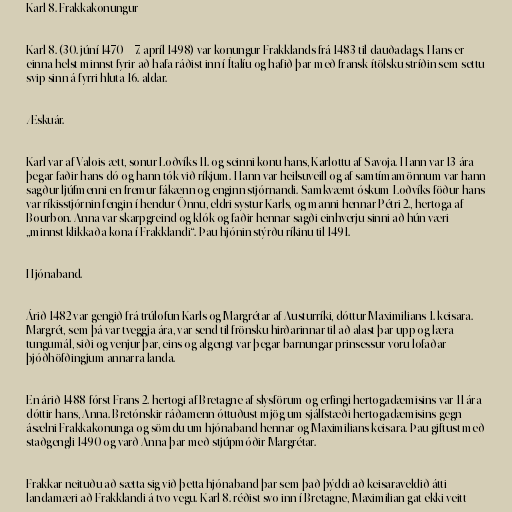
Karl 8. Frakkakonungur

Karl 8. (30. júní 1470 – 7. apríl 1498) var konungur Frakklands frá 1483 til dauðadags. Hans er
einna helst minnst fyrir að hafa ráðist inn í Ítalíu og hafið þar með fransk-ítölsku stríðin sem settu
svip sinn á fyrri hluta 16. aldar.

Æskuár.

Karl var af Valois-ætt, sonur Loðvíks 11. og seinni konu hans, Karlottu af Savoja. Hann var 13 ára
þegar faðir hans dó og hann tók við ríkjum. Hann var heilsuveill og af samtímamönnum var hann
sagður ljúfmenni en fremur fákænn og enginn stjórnandi. Samkvæmt óskum Loðvíks föður hans
var ríkisstjórnin fengin í hendur Önnu, eldri systur Karls, og manni hennar Pétri 2., hertoga af
Bourbon. Anna var skarpgreind og klók og faðir hennar sagði einhverju sinni að hún væri
„minnst klikkaða kona í Frakklandi“. Þau hjónin stýrðu ríkinu til 1491.

Hjónaband.

Árið 1482 var gengið frá trúlofun Karls og Margrétar af Austurríki, dóttur Maximilians 1. keisara.
Margrét, sem þá var tveggja ára, var send til frönsku hirðarinnar til að alast þar upp og læra
tungumál, siði og venjur þar, eins og algengt var þegar barnungar prinsessur voru lofaðar
þjóðhöfðingjum annarra landa.

En árið 1488 fórst Frans 2. hertogi af Bretagne af slysförum og erfingi hertogadæmisins var 11 ára
dóttir hans, Anna. Bretónskir ráðamenn óttuðust mjög um sjálfstæði hertogadæmisins gegn
ásælni Frakkakonunga og sömdu um hjónaband hennar og Maximilians keisara. Þau giftust með
staðgengli 1490 og varð Anna þar með stjúpmóðir Margrétar.

Frakkar neituðu að sætta sig við þetta hjónaband þar sem það þýddi að keisaraveldið átti
landamæri að Frakklandi á tvo vegu. Karl 8. réðist svo inn í Bretagne, Maximilian gat ekki veitt